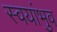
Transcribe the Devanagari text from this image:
स्वयांभुव